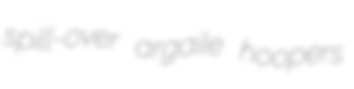
spill-over argaile hoopers